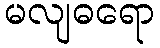
မလျဓရော